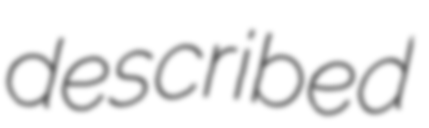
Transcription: described